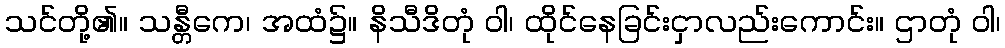
သင်တို့၏။ သန္တီကေ၊ အထံ၌။ နိသီဒိတုံ ဝါ၊ ထိုင်နေခြင်းငှာလည်းကောင်း။ ဌာတုံ ဝါ၊